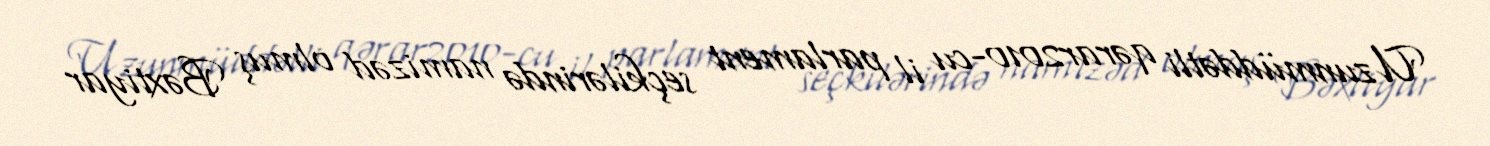
Uzunmüddətli qərar2010-cu il parlament seçkilərində namizəd olmuş Bəxtiyar